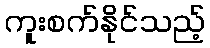
ကူးစက်နိုင်သည့်